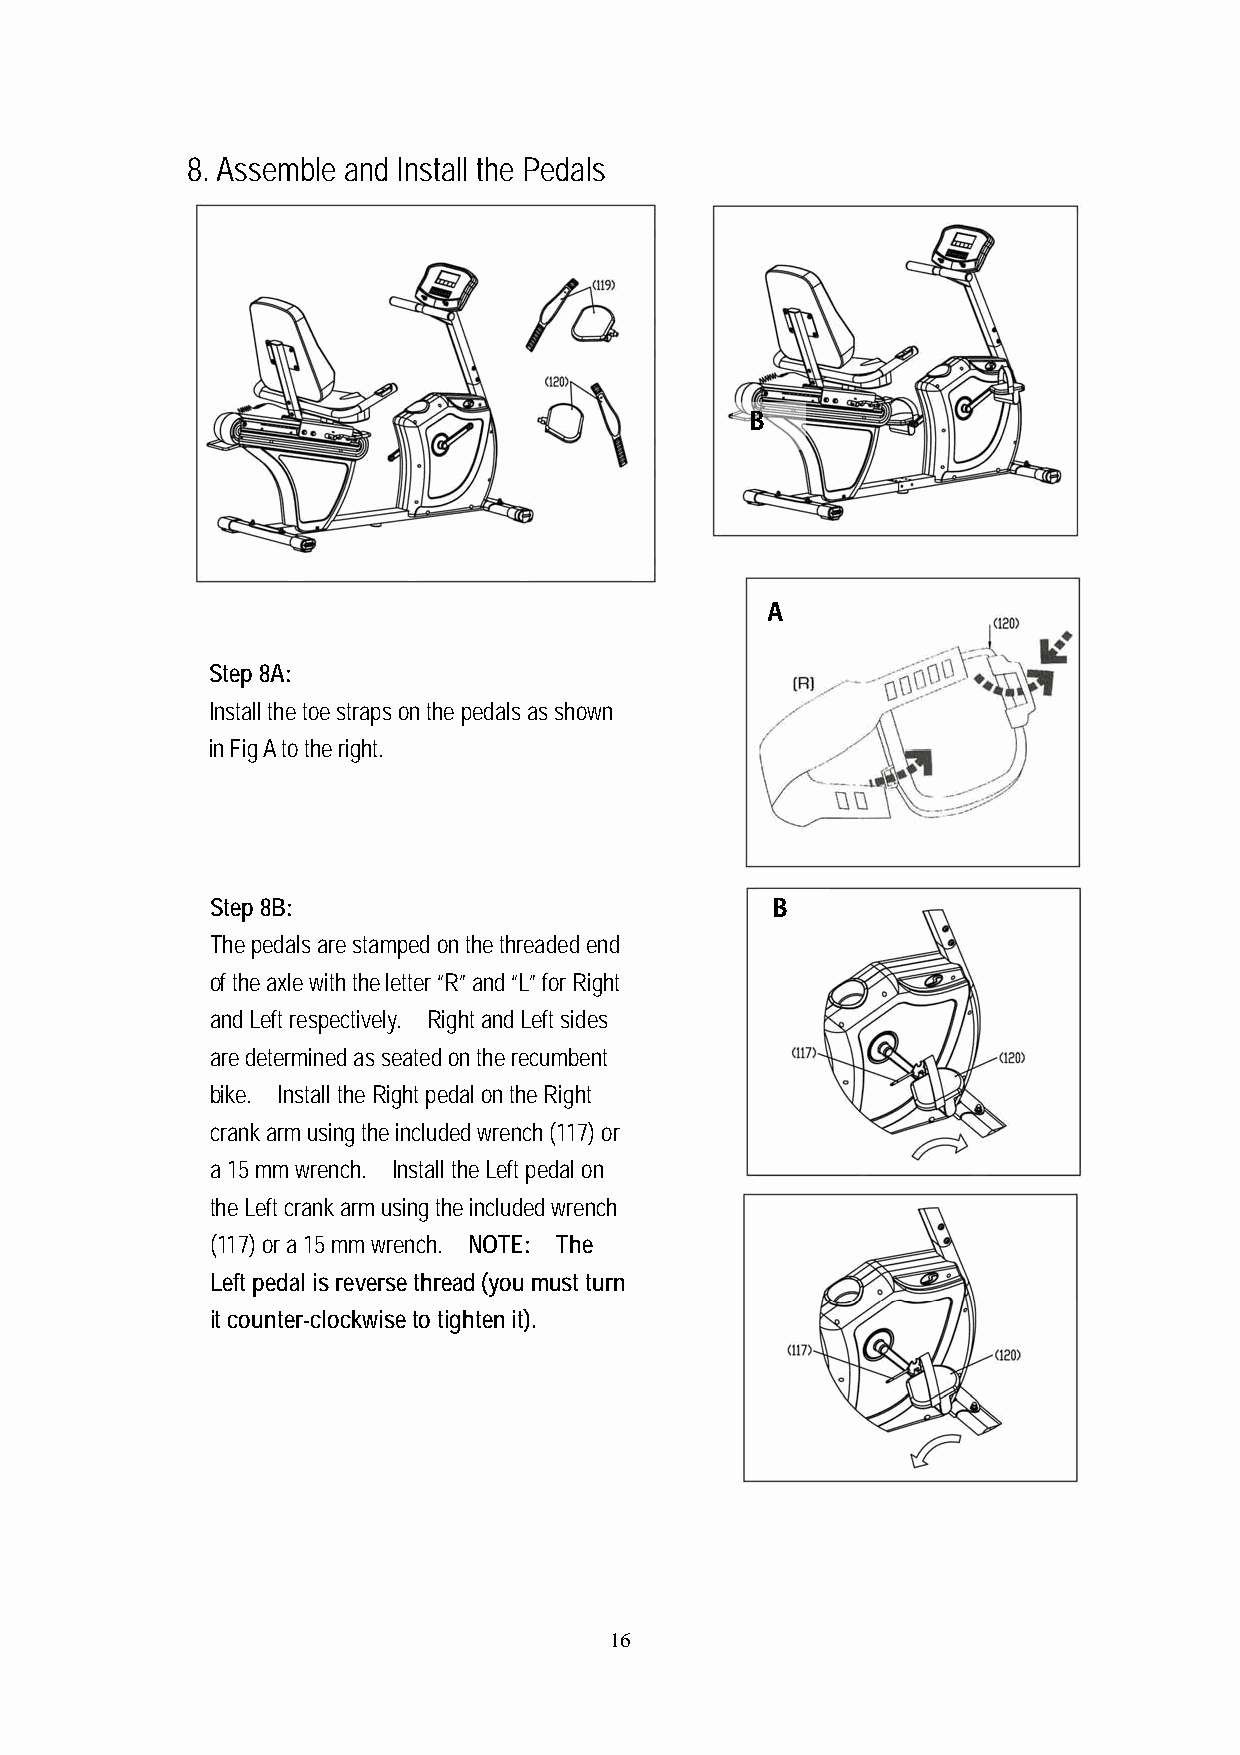
8. Assemble and Install the Pedals
 B
 A
 Step 8A:
 Install the toe straps on the pedals as shown
 in Fig A to the right.
 Step 8B:                             B
 The pedals are stamped on the threaded end
 of the axle with the letter “R” and “L” for Right
 and Left respectively. Right and Left sides
 are determined as seated on the recumbent
 bike. Install the Right pedal on the Right
 crank arm using the included wrench (117) or
 a 15 mm wrench. Install the Left pedal on
 the Left crank arm using the included wrench
 (117) or a 15 mm wrench. NOTE: The
 Left pedal is reverse thread (you must turn
 it counter-clockwise to tighten it).
 16